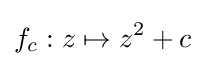
f_{c}:z\mapsto z^{2}+c